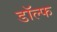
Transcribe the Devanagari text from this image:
डॉल्फ